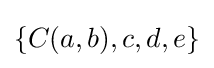
\{C(a,b),c,d,e\}